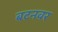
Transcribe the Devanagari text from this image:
बटनवर